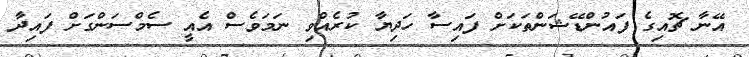
އޭނާ ޗޮއިގެ ފައުންޑޭޝަންތަކަށް ފައިސާ ހަދިޔާ ކުރެއްވި ނަމަވެސް އެއީ ސެމްސަންގަށް ފައިދާ